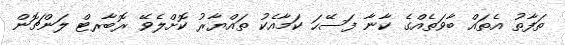
ތަފާތު އެތައް ބާވަތެއްގެ ކާނާ ފަސޭހަ ކަމާއެކު ތައްޔާރު ކޮށްލެވޭ ރޮބާރޓް ލަންޗޮން